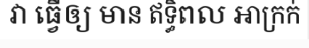
វា ធ្វើឲ្យ មាន ឥទ្ធិពល អាក្រក់